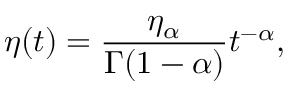
\eta ( t ) = \frac { \eta _ { \alpha } } { \Gamma ( 1 - \alpha ) } t ^ { - \alpha } ,